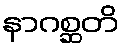
နာဂစ္ဆတိ